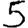
Digit: 5